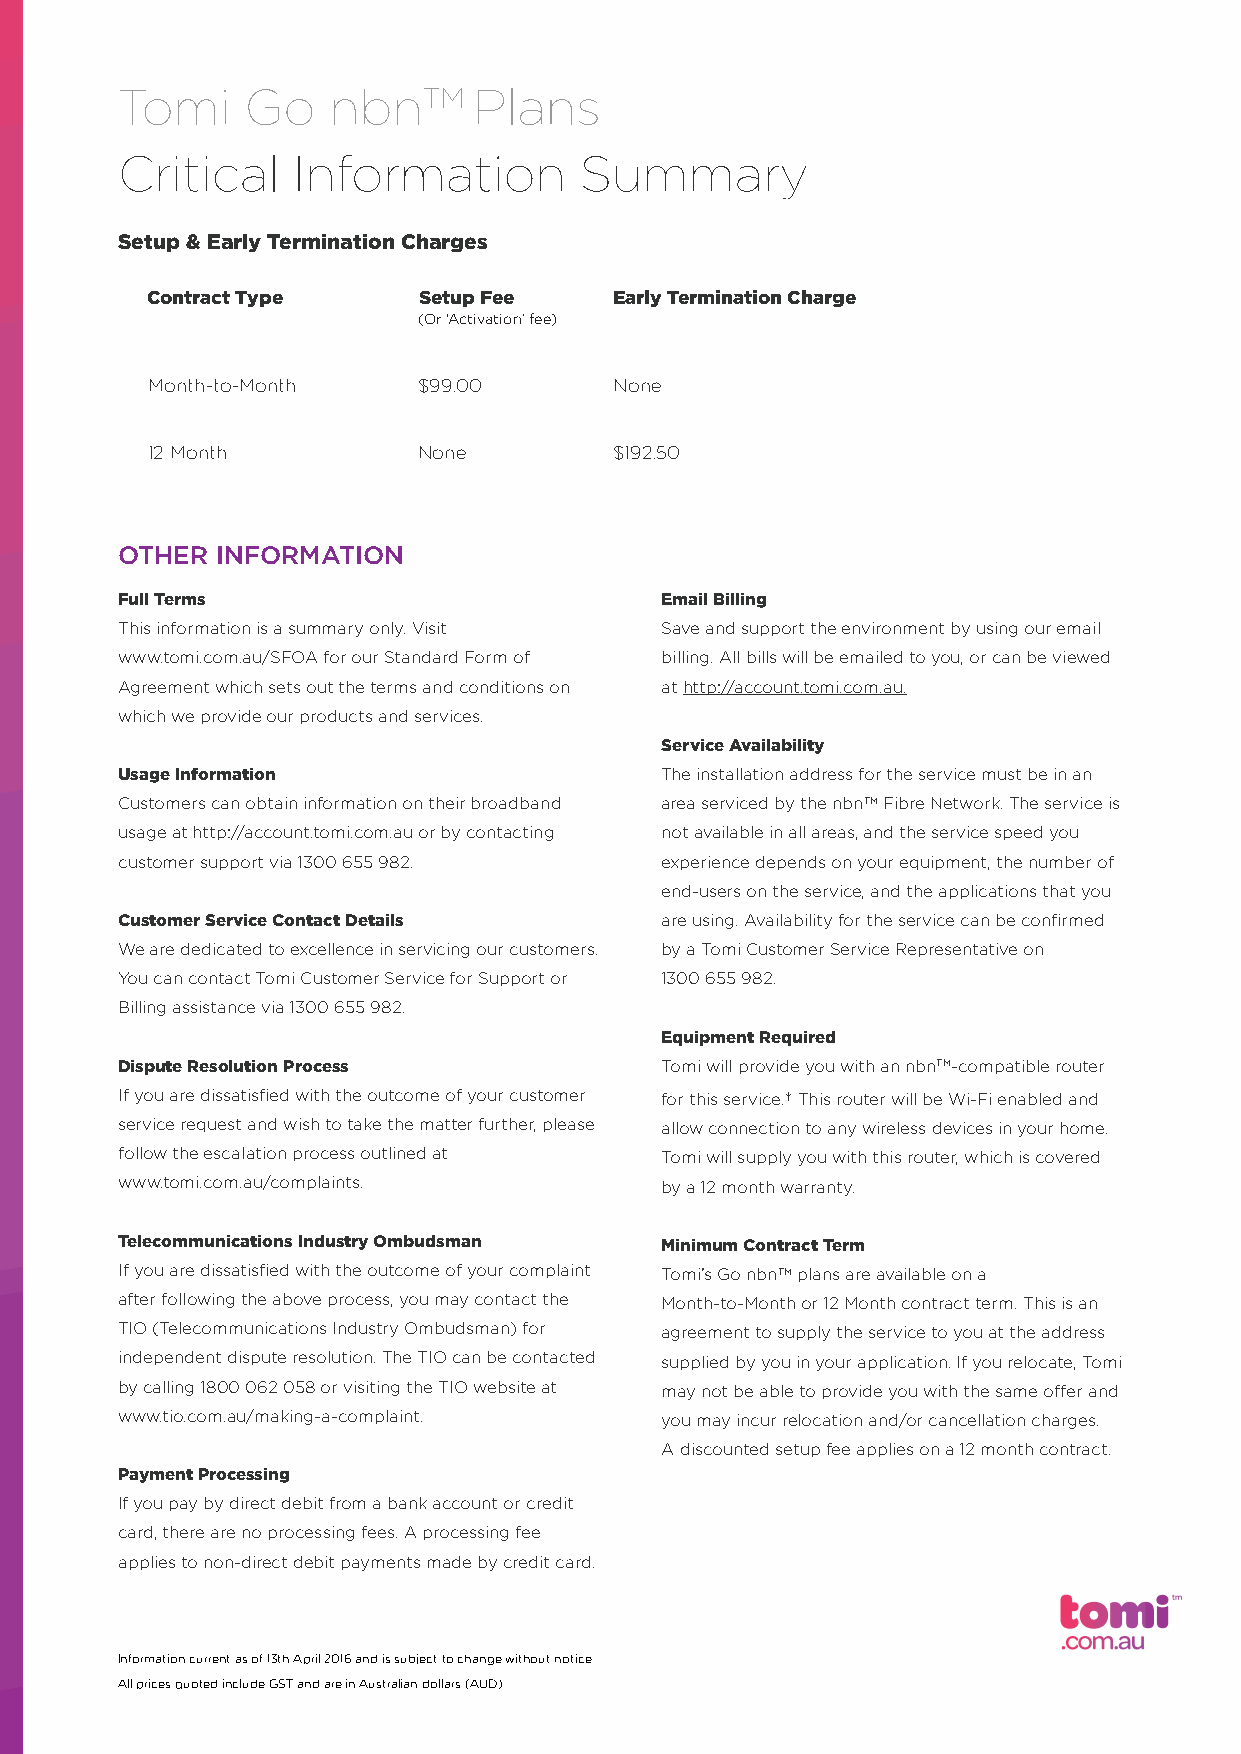
Tomi    Go    nbnTM    Plans
 Critical   Information        Summary
 Setup & Early Termination Charges
 Contract Type     Setup Fee    Early Termination Charge
 (Or ‘Activation’ fee)
 Month-to-Month    $99.00       None
 12 Month          None         $192.50
 OTHER INFORMATION
 Full Terms                          Email Billing
 This information is a summary only. Visit Save and support the environment by using our email
 www.tomi.com.au/SFOA for our Standard Form of billing. All bills will be emailed to you, or can be viewed
 Agreement which sets out the terms and conditions on at http://account.tomi.com.au.
 which we provide our products and services.
 Service Availability
 Usage Information                   The installation address for the service must be in an
 Customers can obtain information on their broadband area serviced by the nbnTM Fibre Network. The service is
 usage at http://account.tomi.com.au or by contacting not available in all areas, and the service speed you
 customer support via 1300 655 982.  experience depends on your equipment, the number of
 end-users on the service, and the applications that you
 Customer Service Contact Details    are using. Availability for the service can be confirmed
 We are dedicated to excellence in servicing our customers. by a Tomi Customer Service Representative on
 You can contact Tomi Customer Service for Support or 1300 655 982.
 Billing assistance via 1300 655 982.
 Equipment Required
 Dispute Resolution Process          Tomi will provide you with an nbnTM-compatible router
 If you are dissatisfied with the outcome of your customer for this service.† This router will be Wi-Fi enabled and
 service request and wish to take the matter further, please allow connection to any wireless devices in your home.
 follow the escalation process outlined at Tomi will supply you with this router, which is covered
 www.tomi.com.au/complaints.         by a 12 month warranty.
 Telecommunications Industry Ombudsman Minimum Contract Term
 If you are dissatisfied with the outcome of your complaint Tomi’s Go nbnTM plans are available on a
 after following the above process, you may contact the Month-to-Month or 12 Month contract term. This is an
 TIO (Telecommunications Industry Ombudsman) for agreement to supply the service to you at the address
 independent dispute resolution. The TIO can be contacted supplied by you in your application. If you relocate, Tomi
 by calling 1800 062 058 or visiting the TIO website at may not be able to provide you with the same offer and
 www.tio.com.au/making-a-complaint.  you may incur relocation and/or cancellation charges.
 A discounted setup fee applies on a 12 month contract.
 Payment Processing
 If you pay by direct debit from a bank account or credit
 card, there are no processing fees. A processing fee
 applies to non-direct debit payments made by credit card.
 Information current as of 13th April 2016 and is subject to change without notice.
 All prices quoted include GST and are in Australian dollars (AUD)